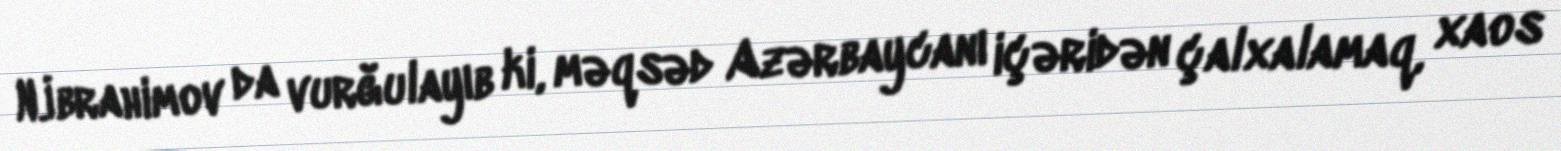
N.İbrahimov da vurğulayıb ki, məqsəd Azərbaycanı içəridən çalxalamaq, xaos